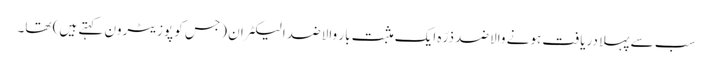
سب سے پہلا دریافت ہونے والا ضد ذرّہ ایک مثبت بار والا ضد الیکٹران (جس کو پوزیٹرون کہتے ہیں) تھا۔